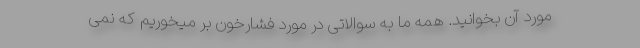
مورد آن بخوانید. همه ما به سوالاتی در مورد فشارخون بر میخوریم که نمی